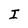
Character: I